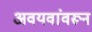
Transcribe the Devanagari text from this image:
अवयवांवरून